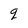
Character: q